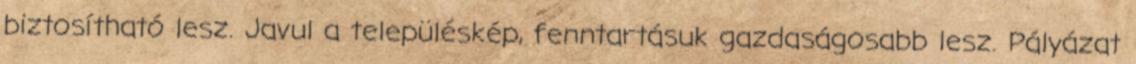
biztosítható lesz. Javul a településkép, fenntartásuk gazdaságosabb lesz. Pályázat